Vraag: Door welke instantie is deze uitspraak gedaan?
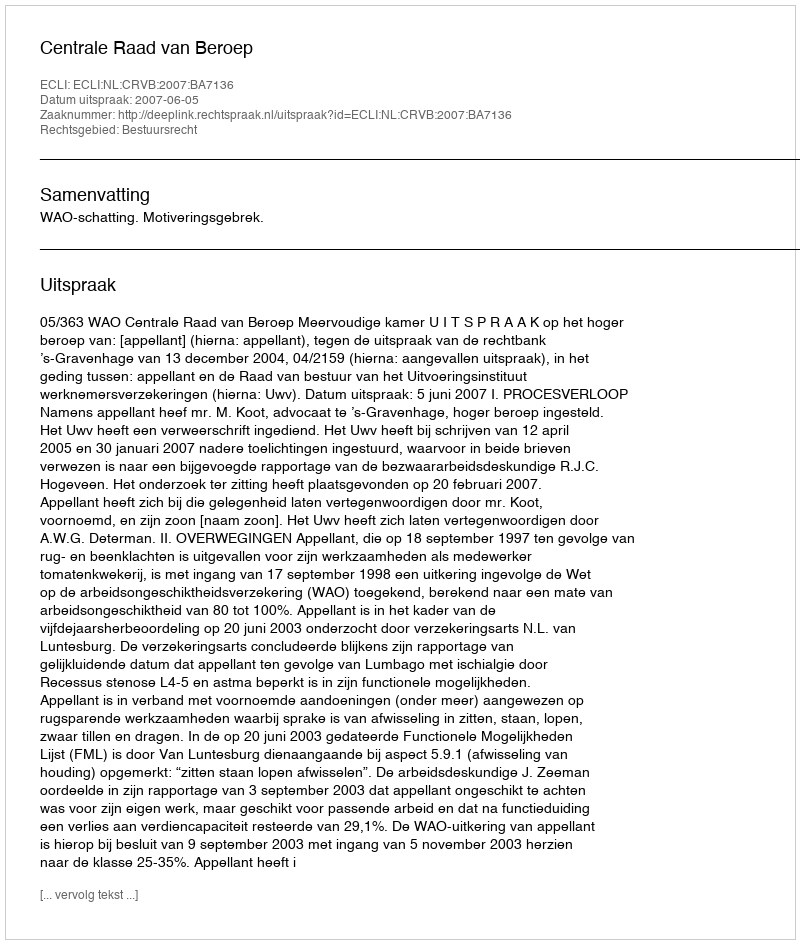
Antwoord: Centrale Raad van Beroep